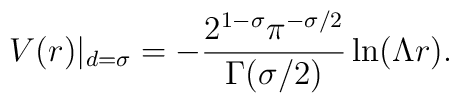
V(r)|_{d=\sigma}=-\frac{2^{1-\sigma}\pi^{-\sigma/2}}{\Gamma(\sigma/2)}\ln(\Lambda r).